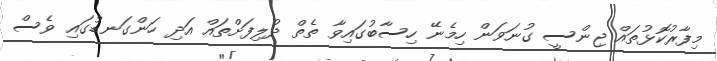
މިފާރުކޮޅުތައް ޖިންސީ ގުނަވަން ހިމެނޭ ހިސާބުގައިވާ ތެތް ދުލިފަށްތައް އަދި ހަންގަނޑުގައި ވެސް